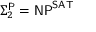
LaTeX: \Sigma _ { 2 } ^ { \mathsf { P } } = { \mathsf { N P } } ^ { \mathsf { S A T } }